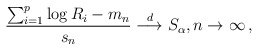
\begin{align*}\frac{\sum_{i=1}^p\log R_i- m_n}{s_n} \overset{d}{\longrightarrow} S_\alpha,n\to\infty\,,\end{align*}